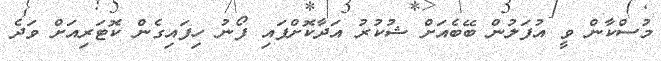
މުސްކާން ވީ އުފަލުން ބޭބެއަށް ޝުކުރު އަދާކޮށްފައި ފޯނު ހިފައިގެން ކޮޓަރިއަށް ވަދެ